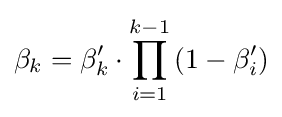
\beta _{k}=\beta '_{k}\cdot \prod _{i=1}^{k-1}\left(1-\beta '_{i}\right)